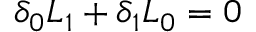
\delta _ { 0 } { \cal L } _ { 1 } + \delta _ { 1 } { \cal L } _ { 0 } = 0